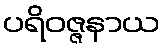
ပရိဝဇ္ဇနာယ